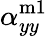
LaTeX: \alpha_{yy}^{\mathrm{m1}}